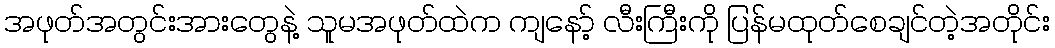
အဖုတ်အတွင်းအားတွေနဲ့ သူမအဖုတ်ထဲက ကျနော့် လီးကြီးကို ပြန်မထုတ်စေချင်တဲ့အတိုင်း